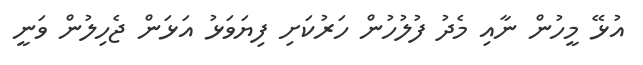
އުޅޭ މީހުން ނާއި މެދު ފުލުހުން ހަރުކަށި ފިޔަވަޅު އަޅަން ޖެހިލުން ވަނީ